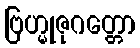
ဗြဟ္မုဇုဂတ္တော